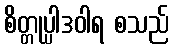
စိတ္တုပ္ပါဒဝါရ စသည်